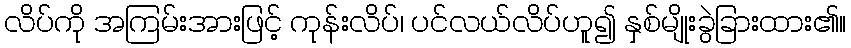
လိပ်ကို အကြမ်းအားဖြင့် ကုန်းလိပ်၊ ပင်လယ်လိပ်ဟူ၍ နှစ်မျိုးခွဲခြားထား၏။